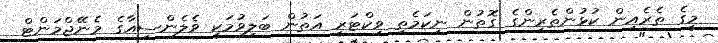
މީގެ ތެރެއިން ކުޅުންތެރިންގެ ގޮތުން ނިކަމެތި ވިކްޓަރީ އަތުން ބަލިވުމަކީ ވެލެންސިއާގެ މެނޭޖްމަންޓް